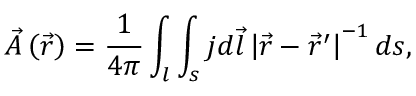
\vec { A } \left( \vec { r } \right) = \frac { 1 } { 4 \pi } \int _ { l } \int _ { s } j d \vec { l } \left| \vec { r } - \vec { r } ^ { \prime } \right| ^ { - 1 } d s ,